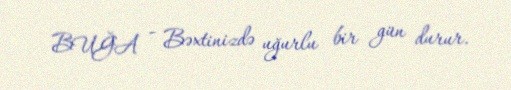
BUĞA - Bəxtinizdə uğurlu bir gün durur.